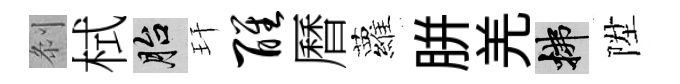
𠛴栻胎玕醒曆蘿胼羌拂陞